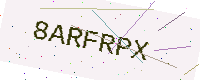
Text: 8ARFRPX